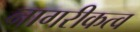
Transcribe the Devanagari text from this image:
नागरीकत्व